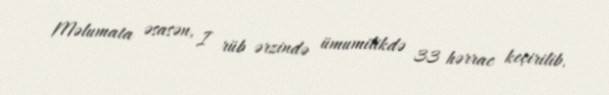
Məlumata əsasən, I rüb ərzində ümumilikdə 33 hərrac keçirilib.